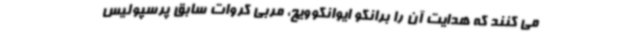
می کنند که هدایت آن را برانکو ایوانکوویچ، مربی کروات سابق پرسپولیس